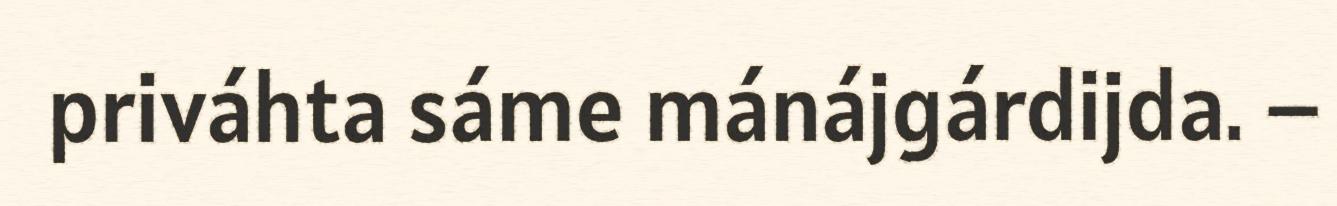
priváhta sáme mánájgárdijda. –